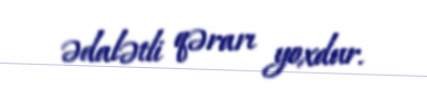
ədalətli qərarı yoxdur.